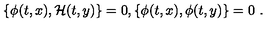
\{ \phi ( t , x ) , { \cal H } ( t , y ) \} = 0 , \{ \phi ( t , x ) , \phi ( t , y ) \} = 0 \ .